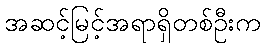
အဆင့်မြင့်အရာရှိတစ်ဦးက